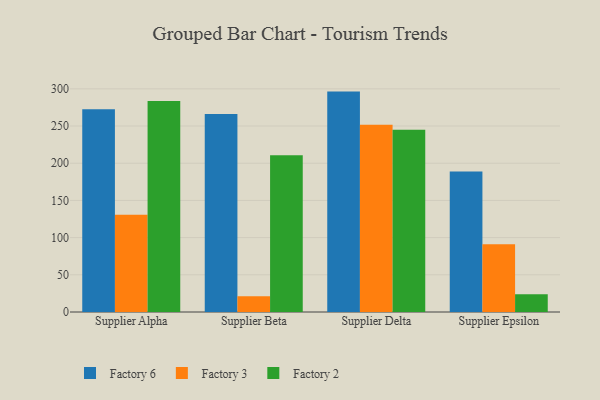
{"axis": {"x": "Supplier", "y": "Page Views"}, "legend": ["Factory 2", "Factory 3", "Factory 6"], "data": [{"x": "Supplier Alpha", "y": 272.6, "type": "Factory 6"}, {"x": "Supplier Alpha", "y": 130.9, "type": "Factory 3"}, {"x": "Supplier Alpha", "y": 283.7, "type": "Factory 2"}, {"x": "Supplier Beta", "y": 266.1, "type": "Factory 6"}, {"x": "Supplier Beta", "y": 21.2, "type": "Factory 3"}, {"x": "Supplier Beta", "y": 210.6, "type": "Factory 2"}, {"x": "Supplier Delta", "y": 296.3, "type": "Factory 6"}, {"x": "Supplier Delta", "y": 251.6, "type": "Factory 3"}, {"x": "Supplier Delta", "y": 244.9, "type": "Factory 2"}, {"x": "Supplier Epsilon", "y": 188.9, "type": "Factory 6"}, {"x": "Supplier Epsilon", "y": 91.2, "type": "Factory 3"}, {"x": "Supplier Epsilon", "y": 23.7, "type": "Factory 2"}]}